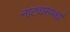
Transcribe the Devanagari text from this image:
नाट्यसपर्धा